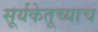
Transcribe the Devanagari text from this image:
सूर्यकेतूच्याच